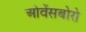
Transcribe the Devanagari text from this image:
ओवेंसबोरो